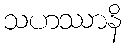
သဟဿာနိ